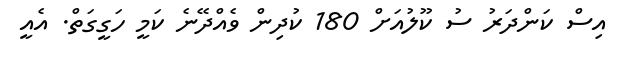
އިސް ކަންދަރު ސު ކޫލުއަށް 180 ކުދިން ވެއްދޭނެ ކަމީ ހަގީގަތް. އެއީ